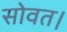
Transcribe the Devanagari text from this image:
सोवत।